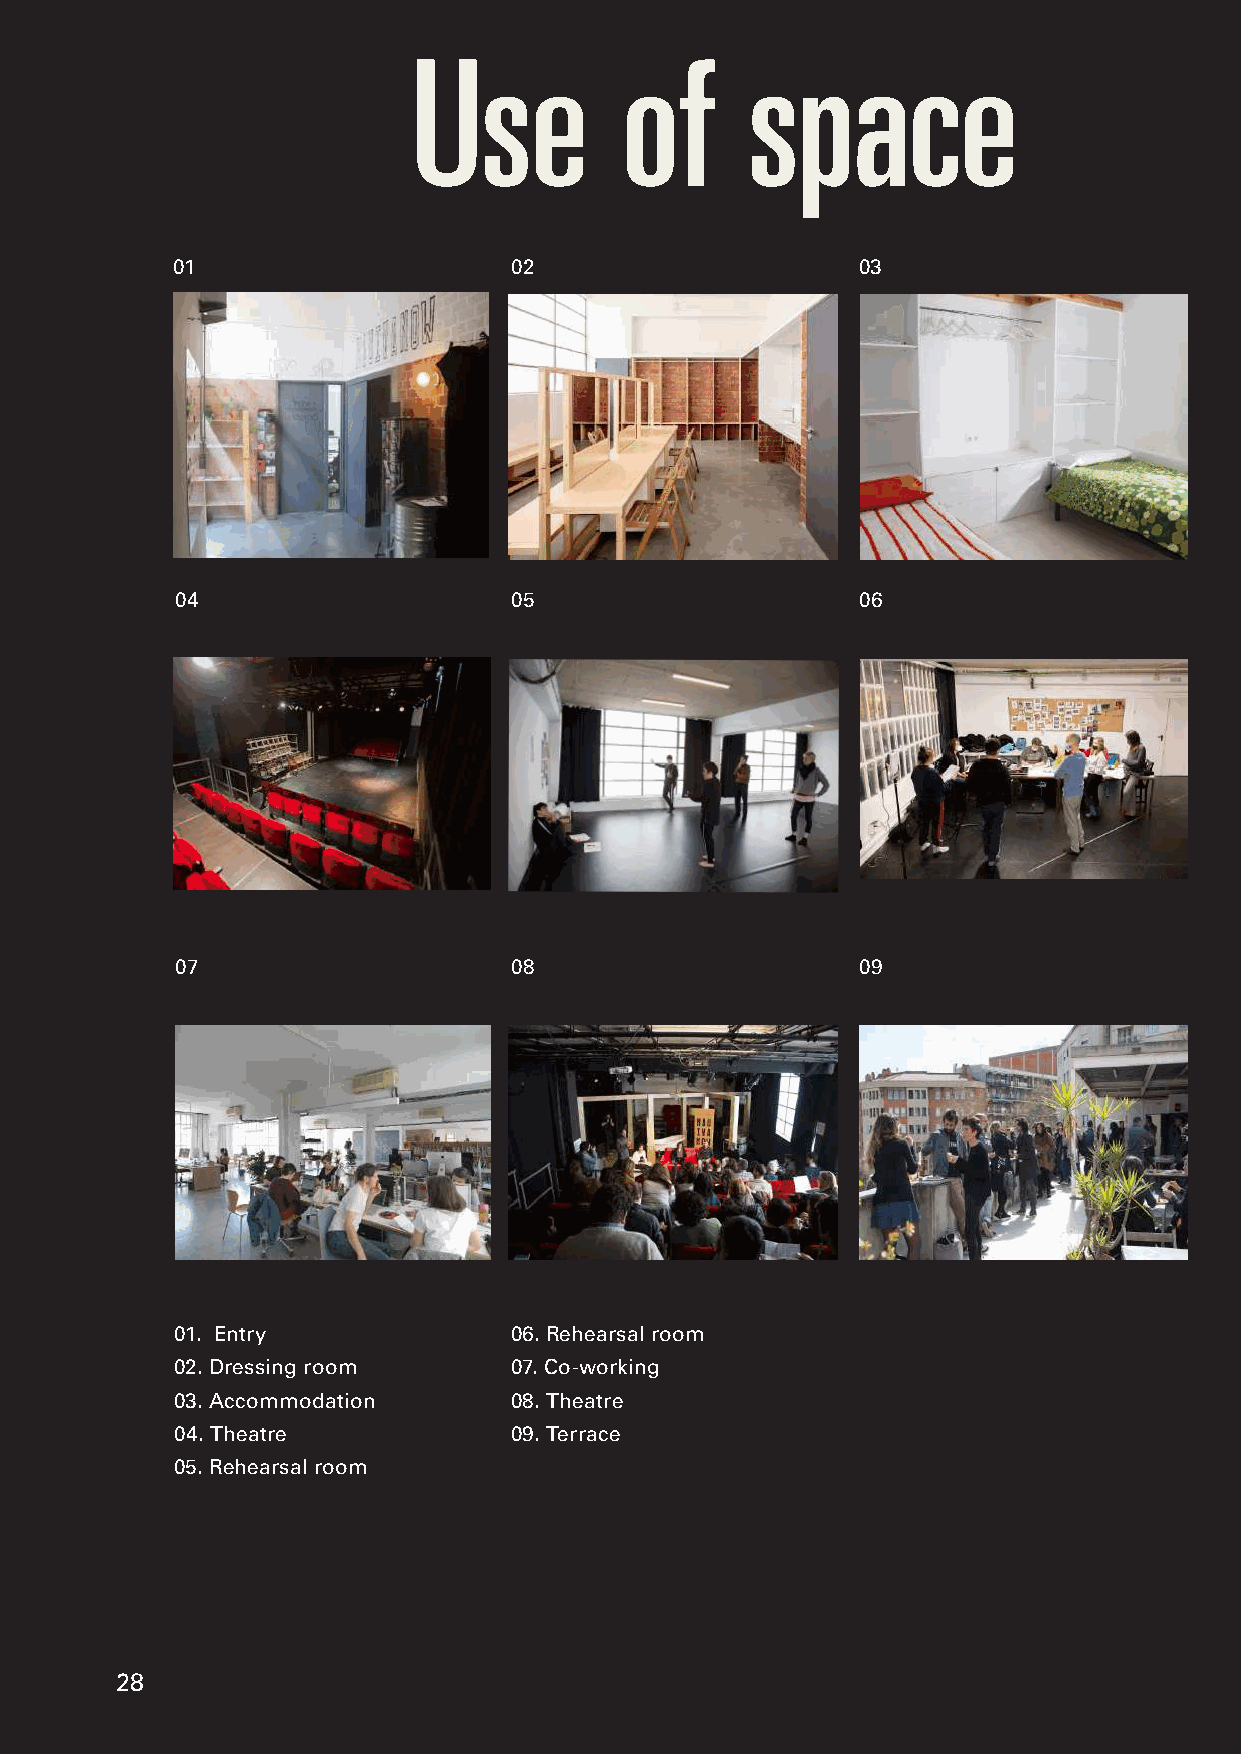
Use           of      space
 01                     02                     03
 04                    05                     06
 07                    08                     09
 01. Entry             06. Rehearsal room
 02. Dressing room     07. Co-working
 03. Accommodation     08. Theatre
 04. Theatre           09. Terrace
 05. Rehearsal room
 28